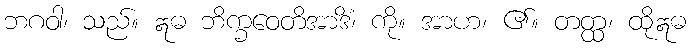
ဘဂဝါ၊ သည်။ ဣဓ ဘိက္ခဝေတိအာဒိံ၊ ကို။ အာဟ၊ ၏။ တတ္ထ၊ ထိုဣဓ